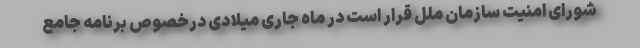
شورای امنیت سازمان ملل قرار است در ماه جاری میلادی درخصوص برنامه جامع